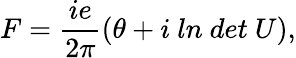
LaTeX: F=\frac{ie}{2\pi}(\theta+i\ ln\ det\ U),